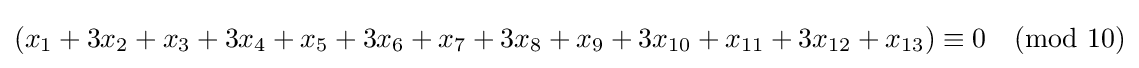
(x_{1}+3x_{2}+x_{3}+3x_{4}+x_{5}+3x_{6}+x_{7}+3x_{8}+x_{9}+3x_{10}+x_{11}+3x_{12}+x_{13})\equiv 0{\pmod {10}}